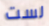
لست